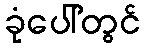
ခုံပေါ်တွင်